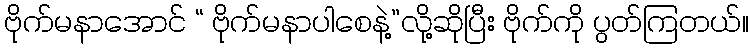
ဗိုက်မနာအောင် “ ဗိုက်မနာပါစေနဲ့”လို့ဆိုပြီး ဗိုက်ကို ပွတ်ကြတယ်။